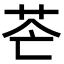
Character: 𦭆